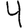
Digit: 4